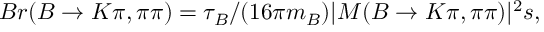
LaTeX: B r ( B \to K \pi , \pi \pi ) = \tau _ { B } / ( 1 6 \pi m _ { B } ) | { \cal M ( B \to K \pi , \pi \pi ) } | ^ { 2 } s ,